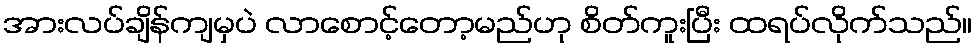
အားလပ်ချိန်ကျမှပဲ လာစောင့်တော့မည်ဟု စိတ်ကူးပြီး ထရပ်လိုက်သည်။